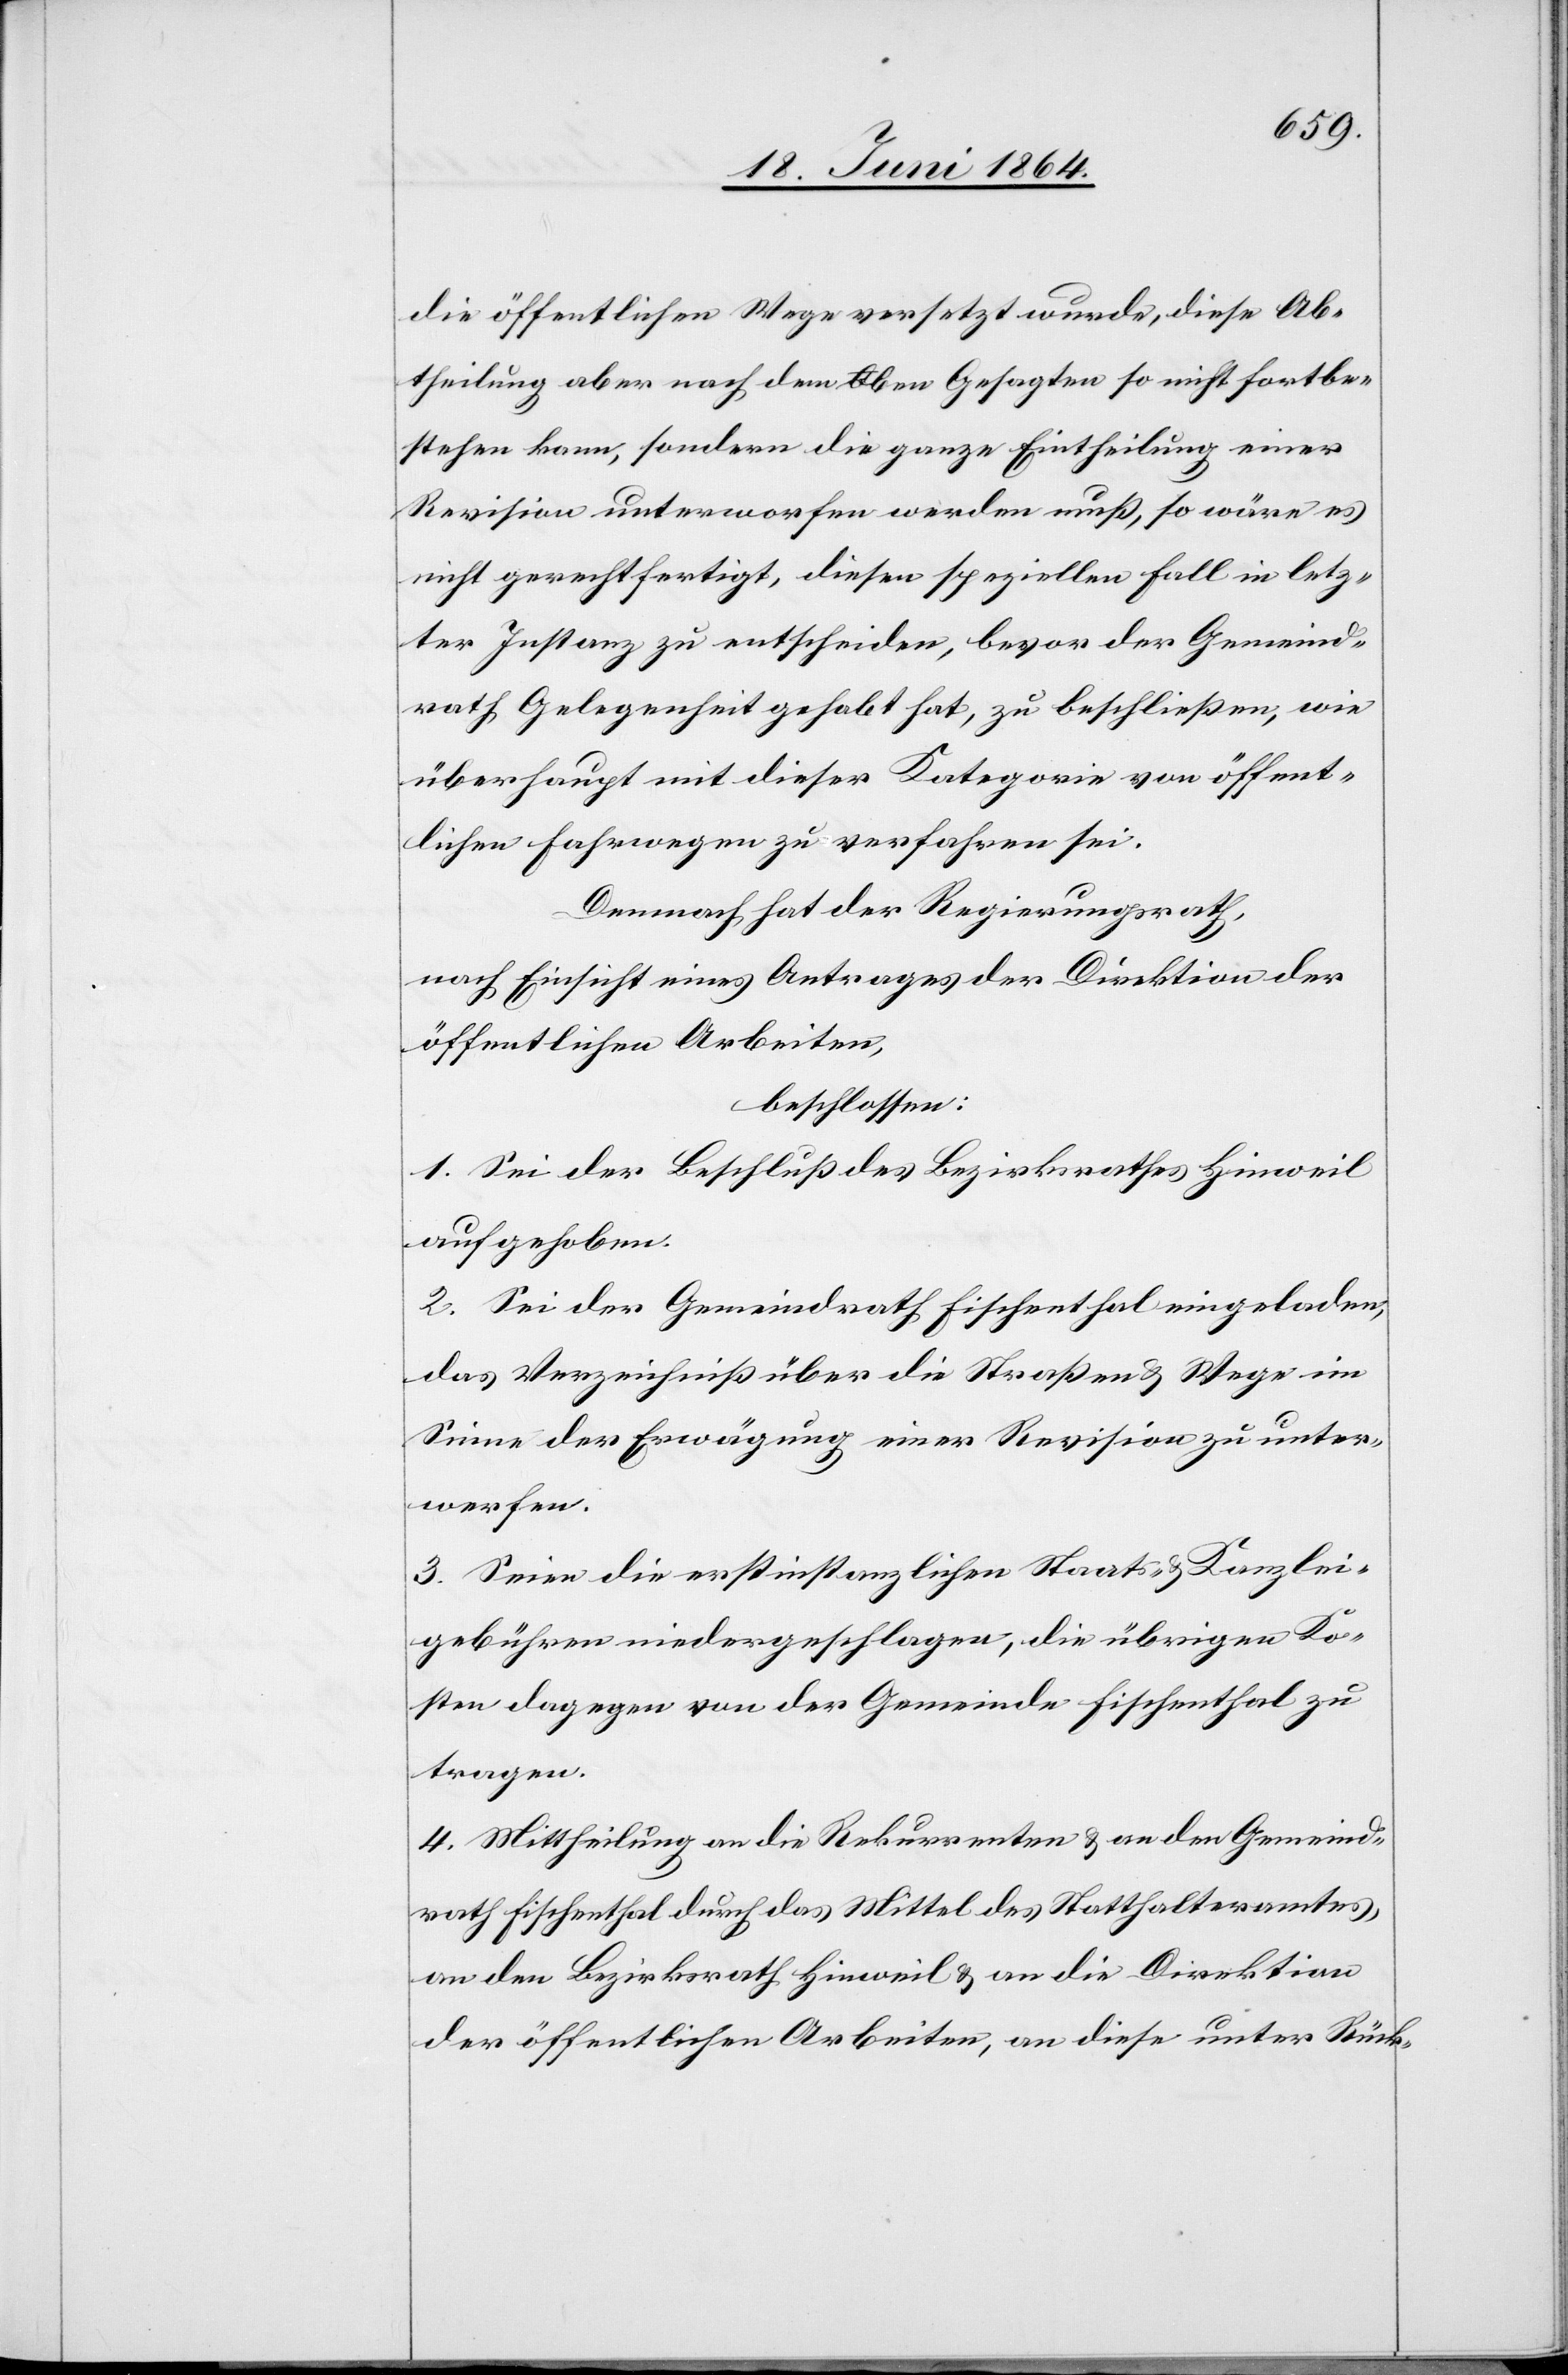
die öffentlichen Wege versetzt wurde, diese Ab¬
theilung aber nach dem oben Gesagten so nicht fortbe¬
stehen kann, sondern die ganze Eintheilung einer
Revision unterworfen werden muß, so wäre es
nicht gerechtfertigt, diesen speziellen Fall in letz¬
ter Instanz zu entscheiden, bevor der Gemeind¬
rath Gelegenheit gehabt hat, zu beschließen, wie
überhaupt mit dieser Kategorie von öffent¬
lichen Fahrwegen zu verfahren sei.
Demnach hat der Regierungsrath,
nach Einsicht eines Antrages der Direktion der
öffentlichen Arbeiten,
beschlossen:
1. Sei der Beschluß des Bezirksrathes Hinweil
aufgehoben.
2. Sei der Gemeindrath Fischenthal eingeladen,
das Verzeichniß über die Straßen u. Wege im
Sinne der Erwägung einer Revision zu unter¬
werfen.
3. Seien die erstinstanzlichen Staats- u. Kanzlei¬
gebühren niedergeschlagen, die übrigen Ko¬
sten dagegen von der Gemeinde Fischenthal zu
tragen.
4. Mittheilung an die Rekurrenten u. an den Gemeind¬
rath Fischenthal durch das Mittel des Statthalteramtes,
an den Bezirksrath Hinweil u. an die Direktion
der öffentlichen Arbeiten, an diese unter Rück-